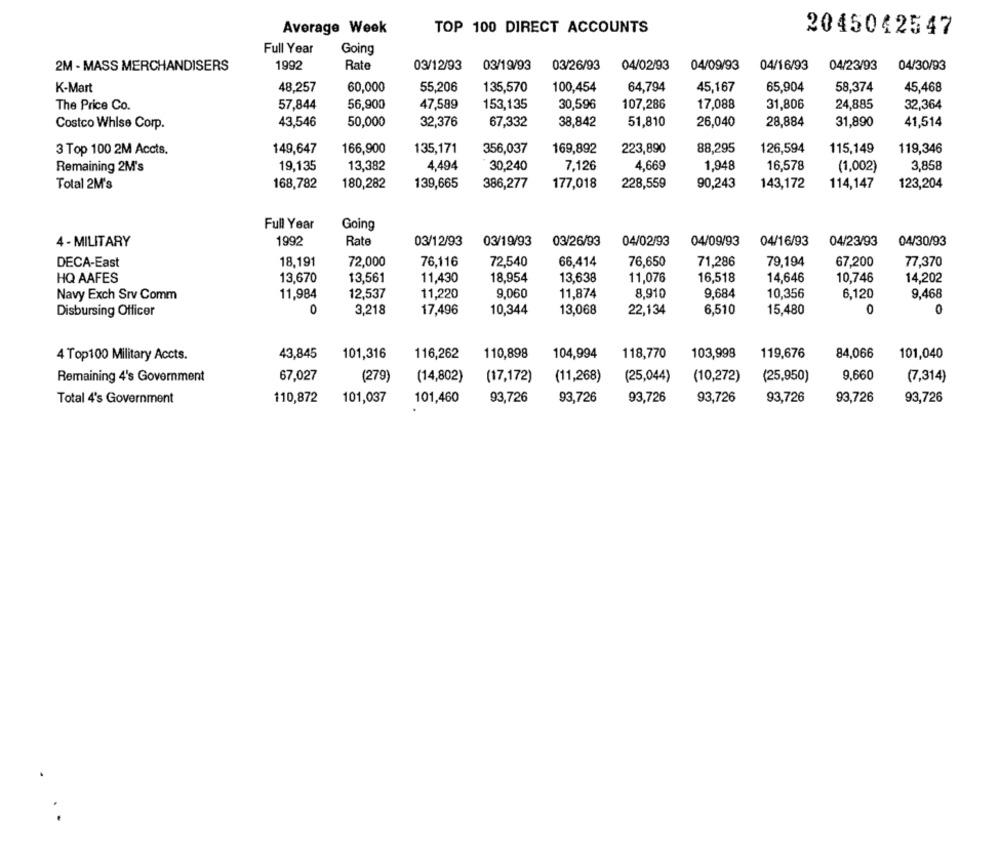
Average Week
TOP 100 DIRECT ACCOUNTS
2045042547
Full Year
Going
2M - MASS MERCHANDISERS
1992
Rate
03/12/93
03/19/93
03/26/93
04/02/93
04/09/93
04/16/93
04/23/93
04/30/93
48,257
65,904
58,374
K-Mart
60,000
55,206
135,570
100,454
64,794
45,167
45,468
31,806
The Price Co.
57,844
56,900
47,589
153,135
30,596
107,286
17,088
24,885
32,364
Costco Whise Corp.
43,546
50,000
32,376
67,332
38,842
51,810
26,040
28,884
31,890
41,514
3 Top 100 2M Accts.
149,647
166,900
135,171
356,037
169,892
223,890
88,295
126,594
115,149
119,346
Remaining 2M's
19,135
13,382
4,494
30,240
7,126
4,669
1,948
16,578
(1,002)
3,858
Total 2M's
168,782
180,282
139,665
386,277
177,018
228,559
90,243
143,172
114,147
123,204
Full Year
Going
4 - MILITARY
1992
Rate
03/12/93
03/19/93
03/26/93
04/02/93
04/09/93
04/16/93
04/23/93
04/30/93
DECA-East
18,191
72,000
76,116
72,540
66,414
76,650
71,286
79,194
67,200
77,370
HQ AAFES
13,670
13,561
11,430
18,954
13,638
11,076
16,518
14,646
10,746
14,202
Navy Exch Srv Comm
11,984
12,537
11,220
9,060
11,874
8,910
9,684
10,356
6,120
9,468
Disbursing Officer
O
3,218
17,496
10,344
13,068
22,134
6,510
15,480
0
0
4 Top100 Military Accts.
43,845
101,316
116,262
110,898
104,994
118,770
103,998
119,676
84,066
101,040
9,660
Remaining 4's Government
67,027
(279)
(14,802)
(17,172)
(11,268)
(25,044)
(10,272)
(25,950)
(7,314)
Total 4's Government
110,872
101,037
101,460
93,726
93,726
93,726
93,726
93,726
93,726
93,726